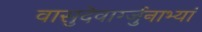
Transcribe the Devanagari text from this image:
वासुदेवार्ग्जुनाभ्यां